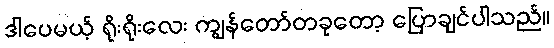
ဒါပေမယ့် ရိုးရိုးလေး ကျွန်တော်တခုတော့ ပြောချင်ပါသည်။